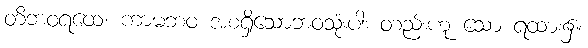
တိဘဝရထေ၊ ကာမဘဝ အစရှိသောဘဝသုံးပါး တည်းဟူ သော ရထား၌။